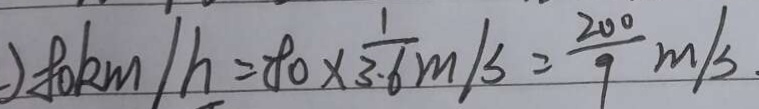
) 8 0 k m / h = 8 0 \times \frac { 1 } { 3 . 6 } m / s = \frac { 2 0 0 } { 9 } m / s .